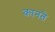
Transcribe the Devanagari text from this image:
कानते